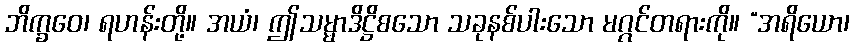
ဘိက္ခဝေ၊ ရဟန်းတို့။ အယံ၊ ဤသမ္မာဒိဋ္ဌိစသော သခုနစ်ပါးသော မဂ္ဂင်တရားကို။ “အရိယော၊